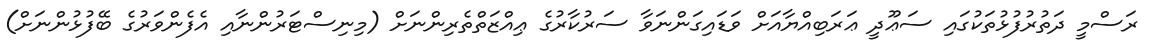
ރަސްމީ ދަތުރުފުޅުތަކުގައި ސަޢޫދީ ޢަރަބިއްޔާއަށް ވަޑައިގަންނަވާ ސަރުކާރުގެ ޢިއްޒަތްތެރިންނަށް (މިނިސްޓަރުންނާއި އެފެންވަރުގެ ބޭފުޅުންނަށް)